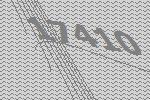
17410